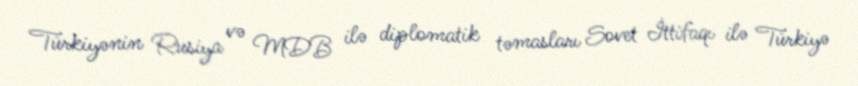
Türkiyənin Rusiya və MDB ilə diplomatik təmasları Sovet İttifaqı ilə Türkiyə